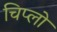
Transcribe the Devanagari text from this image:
चिप्लो